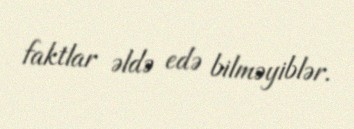
faktlar əldə edə bilməyiblər.